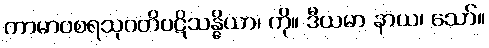
ကာမာဝစရသုဂတိပဋိသန္ဓိယာ၊ ကို။ ဒီယမာ နာယ၊ သော်။